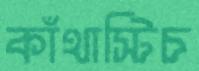
কাঁথাস্টিচ